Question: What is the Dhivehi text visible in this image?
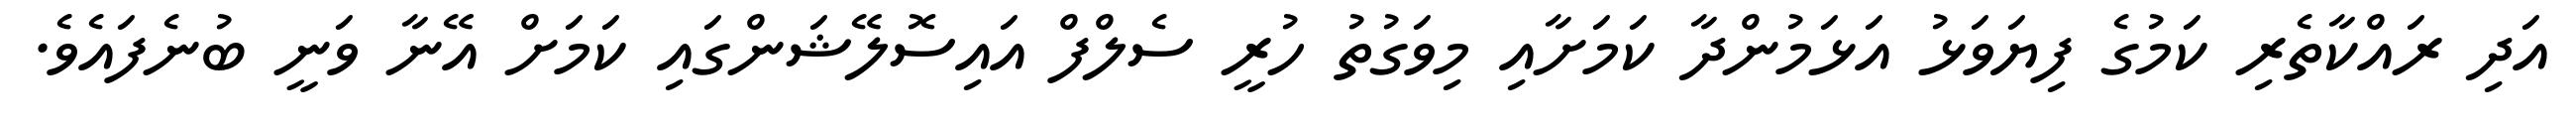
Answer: އަދި ރައްކާތެރި ކަމުގެ ފިޔަވަޅު އަޅަމުންދާ ކަމަށާއި މިވަގުތު ހުރީ ސެލްފް އައިސޮލޭޝަންގައި ކަމަށް އޭނާ ވަނީ ބުނެފައެވެ.